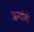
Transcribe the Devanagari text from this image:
अग्वांबो